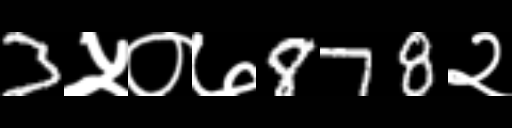
Text: 3५०७878२